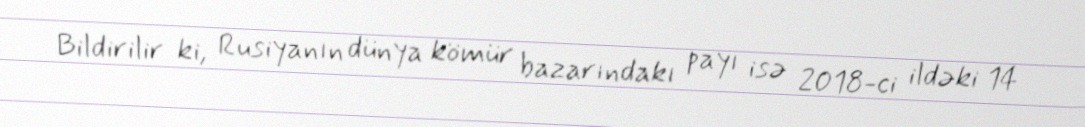
Bildirilir ki, Rusiyanın dünya kömür bazarındakı payı isə 2018-ci ildəki 14